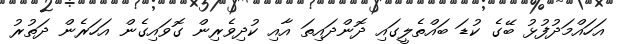
އަހައްމަދުފުޅު ބޭގެ ކުޑަ ބައްތެލީގައި ދޮންދައިތަ އާއި ކުދިވެރިން ގޮވައިގެން އަހަރެން ދަތުރު